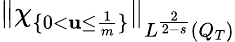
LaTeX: \lVert\chi_{\{ 0<\mathbf{u}\leq\frac{{1}}{{m}}\} }\rVert_{L^{\frac{{2}}{{2-s}}}(Q_{T})}